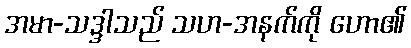
အမာ-သဒ္ဒါသည် သဟ-အနက်ကို ဟော၏